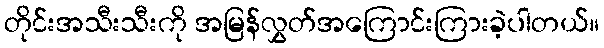
တိုင်းအသီးသီးကို အမြန်လွှတ်အကြောင်းကြားခဲ့ပါတယ်။